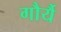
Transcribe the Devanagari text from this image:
गौर्यै